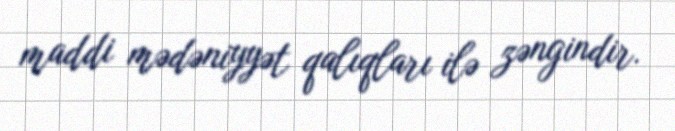
maddi mədəniyyət qalıqları ilə zəngindir.